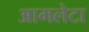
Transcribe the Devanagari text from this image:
आमलेटा